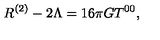
R ^ { ( 2 ) } - 2 \Lambda = 1 6 \pi G T ^ { 0 0 } ,